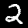
Digit: 2